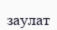
заулат